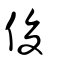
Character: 俊